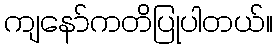
ကျနော်ကတိပြုပါတယ်။